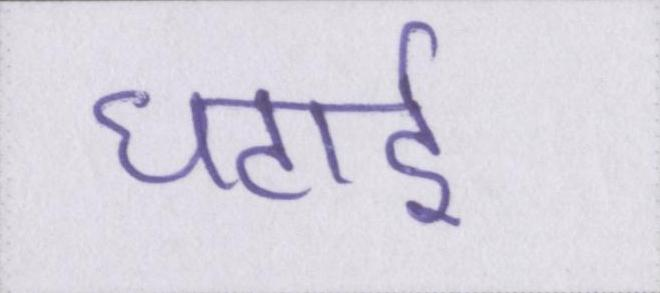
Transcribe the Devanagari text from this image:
घटाई